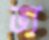
ভ্য